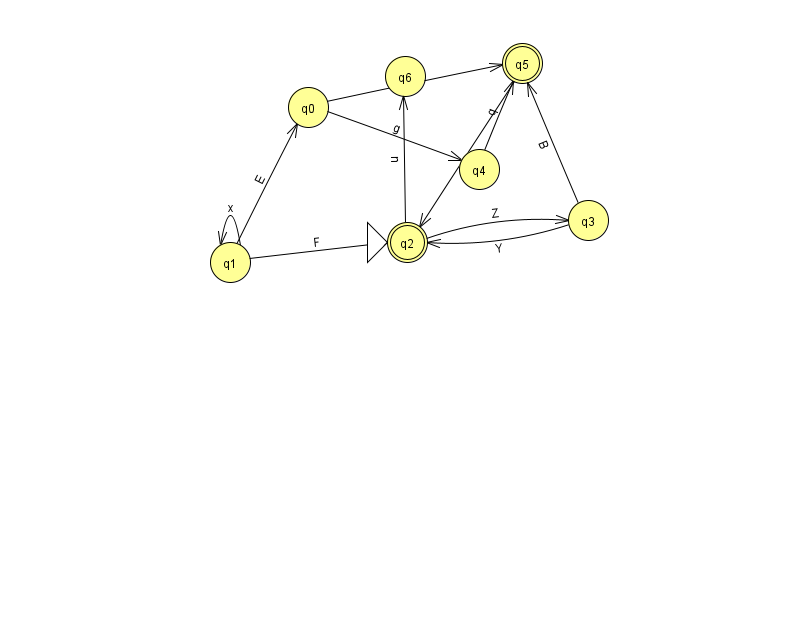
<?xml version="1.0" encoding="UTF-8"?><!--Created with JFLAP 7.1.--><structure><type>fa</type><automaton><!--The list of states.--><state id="0" name="q0"><x>308.0</x><y>94.0</y></state><state id="1" name="q1"><x>230.0</x><y>249.0</y></state><state id="2" name="q2"><x>407.0</x><y>229.0</y><initial/><final/></state><state id="3" name="q3"><x>588.0</x><y>207.0</y></state><state id="4" name="q4"><x>479.0</x><y>156.0</y></state><state id="5" name="q5"><x>522.0</x><y>50.0</y><final/></state><state id="6" name="q6"><x>405.0</x><y>63.0</y></state><!--The list of transitions.--><transition><from>0</from><to>4</to><read>g</read></transition><transition><from>3</from><to>5</to><read>B</read></transition><transition><from>1</from><to>0</to><read>E</read></transition><transition><from>2</from><to>6</to><read>n</read></transition><transition><from>1</from><to>1</to><read>x</read></transition><transition><from>1</from><to>2</to><read>F</read></transition><transition><from>4</from><to>5</to><read>q</read></transition><transition><from>3</from><to>2</to><read>Y</read></transition><transition><from>2</from><to>3</to><read>Z</read></transition><transition><from>5</from><to>2</to><read>X</read></transition><transition><from>0</from><to>5</to><read>A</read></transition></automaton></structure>